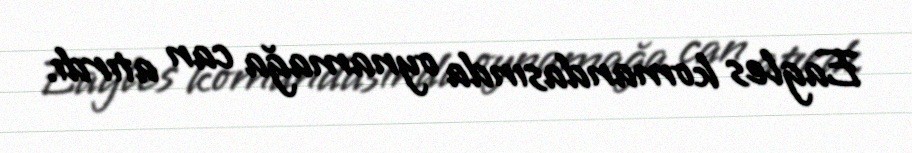
Eagles komandasında oynamağa can atırdı.